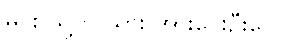
မင်း သူ့ကို သွား အားပေးဦးလေ။